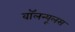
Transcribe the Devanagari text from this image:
वॉलन्यूलस